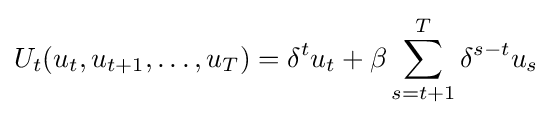
U_{t}(u_{t},u_{t+1},\dots ,u_{T})=\delta ^{t}u_{t}+\beta \sum _{s=t+1}^{T}\delta ^{s-t}u_{s}